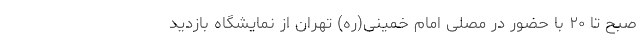
صبح تا ۲۰ با حضور در مصلی امام خمینی(ره) تهران از نمایشگاه بازدید